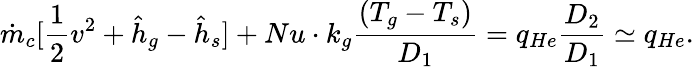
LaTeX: \dot{m}_{c}[\frac{1}{2}v^{2}+\hat{h}_{g}-\hat{h}_{s}]+Nu\cdot k_{g}\frac{(T_{g}-T_{s})}{D_{1}}=q_{He}\frac{D_{2}}{D_{1}}\simeq q_{He}.